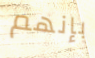
بإنهم